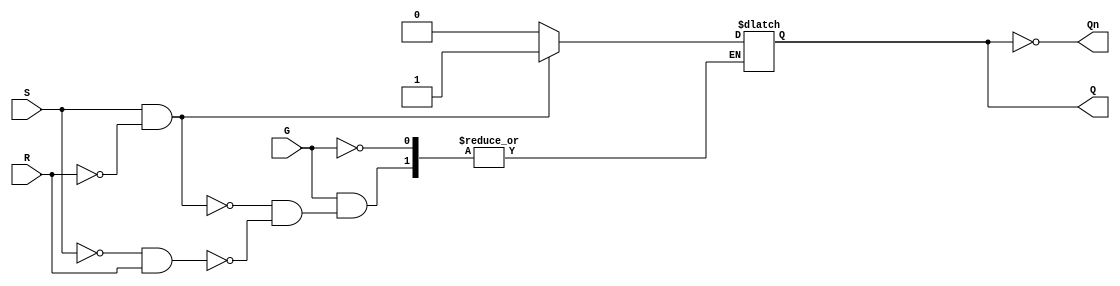
module gated_sr_latch (
    input wire S,      // Set input
    input wire R,      // Reset input
    input wire G,      // Enable/Gate input
    output reg Q,      // Output Q
    output wire Qn     // Inverted output Q'
);

    assign Qn = ~Q; // Q' is the inverse of Q

    always @ (G or S or R) begin
        if (G) begin
            if (S && ~R) begin
                Q <= 1'b1;  // Set Q to 1
            end
            else if (~S && R) begin
                Q <= 1'b0;  // Reset Q to 0
            end
            else if (~S && ~R) begin
                // Maintain current state (no change)
                Q <= Q;     // This effectively does nothing
            end
            // The condition S = 1 and R = 1 is invalid for SR latches
            // You may want to handle it differently if needed
        end
        // If G is low, outputs maintain their previous states.
    end

endmodule